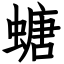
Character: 螗